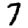
Digit: 7